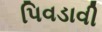
પિવડાવી